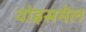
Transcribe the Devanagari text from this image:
वोइसमेल